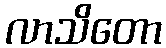
လာသိတော